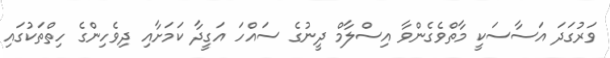
ވަރުގަދަ އަސާސަކީ މާތްވެގެންވާ އިސްލާމް ދީނުގެ ސައްހަ އަގީދާ ކަމަށާއި ދިވެހިންގެ ހިތްތަކުގައި